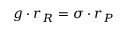
g \cdot r _ { R } = \sigma \cdot r _ { P }